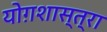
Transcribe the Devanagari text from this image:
योग़शास्त्रा